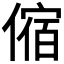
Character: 𠍊